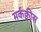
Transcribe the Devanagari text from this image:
मर्कक्वीस